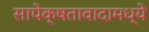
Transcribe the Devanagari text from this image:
सापेक्षतावादामध्ये